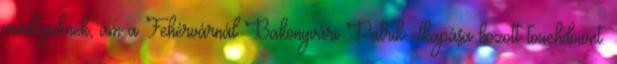
vendégeknek, ám a Fehérvárnál Bakonyvári Patrik elkapása hozott touchdownt.